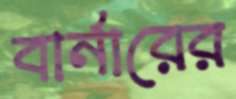
বার্নারের